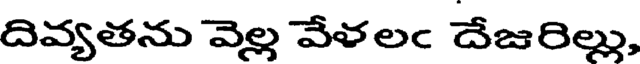
దివ్యతను వెల్ల వేళలం దేజరిల్లు,